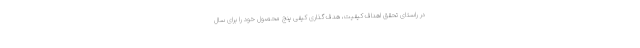
در راستای تحقق اهداف کیفیت، هدف گذاری کیفی پنج محصول خود را برای سال